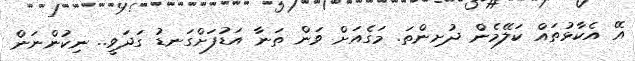
އޭ އެކާޅުތައް ކަލޭމެން ދުށިންތަ. މަގެއަށް ވަން ތަނާ އަޑުފަށްގަނޑު ގަދަވީ.. ނިކުންނަން